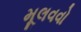
મૂલવવો